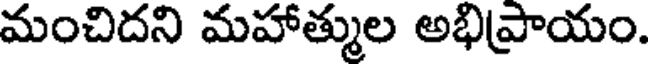
మంచిదని మహాత్ముల అభిప్రాయం.